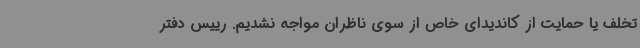
تخلف یا حمایت از کاندیدای خاص از سوی ناظران مواجه نشدیم. رییس دفتر